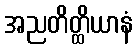
အညတိတ္ထိယာနံ